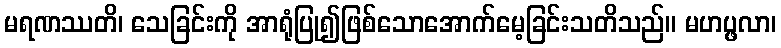
မရဏဿတိ၊ သေခြင်းကို အာရုံပြု၍ဖြစ်သောအောက်မေ့ခြင်းသတိသည်။ မဟပ္ဖလာ၊